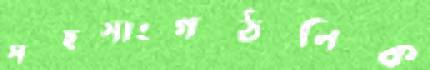
সহসাংগঠনিক